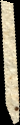
Exp. 2